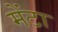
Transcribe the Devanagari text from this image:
मेंटा